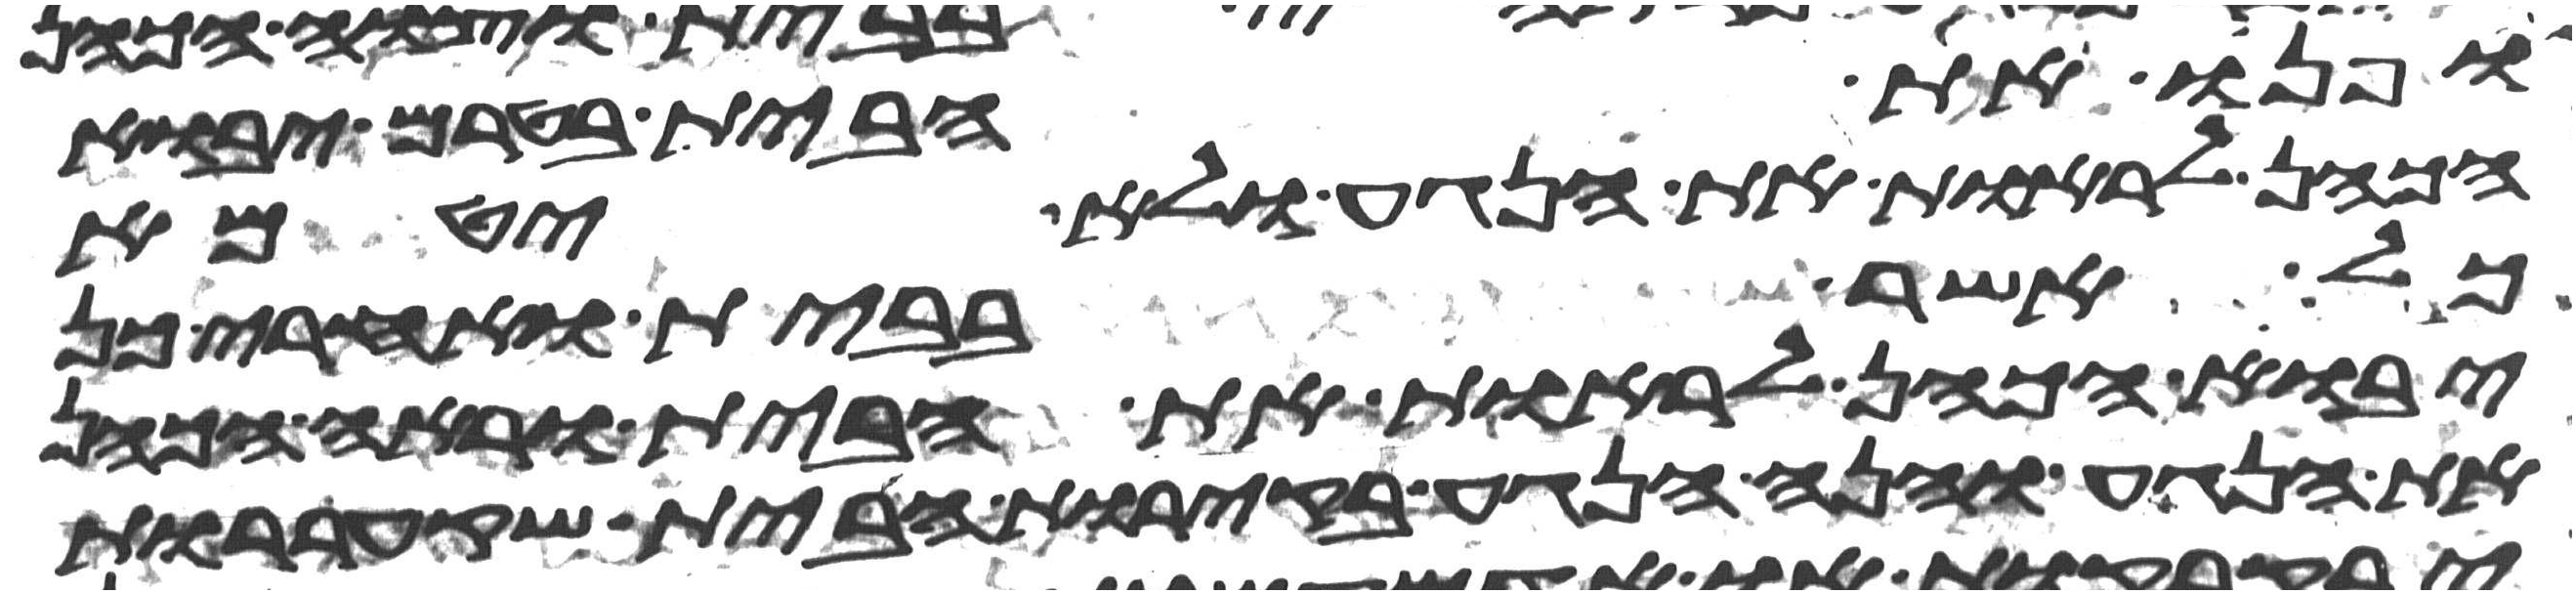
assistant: ופנו את הבית בטרם יבוא
הכהן לראות את הנגע ולא יטמא
כל אשר בבית ואחרי כן
יבוא הכהן לראות את הבית וראה הכהן
את הנגע והנה הנגע בקירות הבית שקעררות